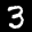
Label: 3